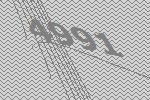
4991